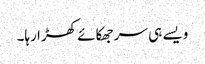
ویسے ہی سر جھکائے کھڑا رہا۔